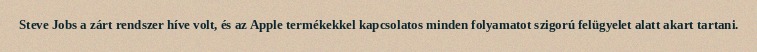
Steve Jobs a zárt rendszer híve volt, és az Apple termékekkel kapcsolatos minden folyamatot szigorú felügyelet alatt akart tartani.